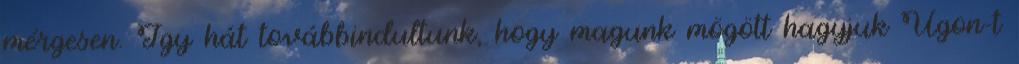
mérgesen. Így hát továbbindultunk, hogy magunk mögött hagyjuk Ugon-t